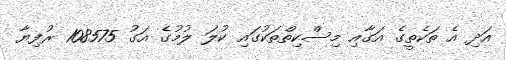
އަދި އެ ތަކެތީގެ އަގާއި މިސްކިތްތަކުގައި ކުލަ ލުމުގެ އަގު 108575 ރުފިޔާ